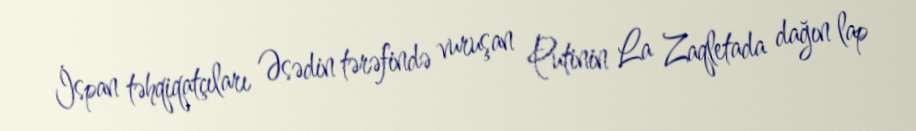
İspan təhqiqatçıları Əsədin tərəfində vuruşan Putinin La Zaqletada dağın lap